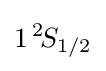
1\,^{2}\!S_{1/2}